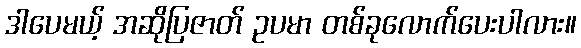
ဒါပေမယ့် အဆိုပြဇာတ် ဥပမာ တစ်ခုလောက်ပေးပါလား။